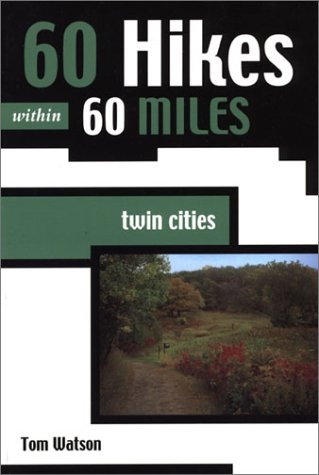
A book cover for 60 Hikes Within 60 Miles: Twin Cities; Tom Watson; Travel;